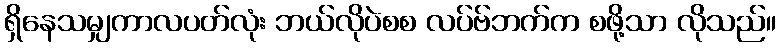
ရှိနေသမျှကာလပတ်လုံး ဘယ်လိုပဲစစ လပ်ဗ်ဘက်က စဖို့သာ လိုသည်။